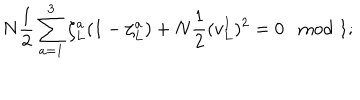
N \frac { 1 } { 2 } \sum _ { a = 1 } ^ { 3 } \zeta _ { L } ^ { a } ( 1 - \zeta _ { L } ^ { a } ) + N \frac { 1 } { 2 } ( v _ { L } ^ { I } ) ^ { 2 } = 0 \ \ \bmod 1 ;